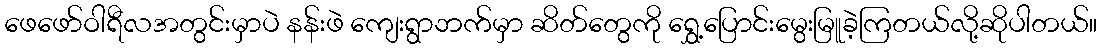
ဖေဖော်ဝါရီလအတွင်းမှာပဲ နန်းဖဲ ကျေးရွာဘက်မှာ ဆိတ်တွေကို ရွှေ့ပြောင်းမွေးမြူခဲ့ကြတယ်လို့ဆိုပါတယ်။